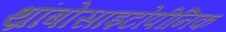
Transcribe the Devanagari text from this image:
थ्रांबोसाइटोपीनिक